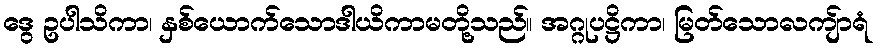
ဒွေ ဥပါသိကာ၊ နှစ်ယောက်သောဒါယိကာမတို့သည်။ အဂ္ဂုပဋ္ဌိကာ၊ မြတ်သောလကျ်ာရံ